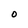
Character: O